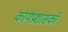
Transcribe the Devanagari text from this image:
कार्यप्रशासकों